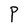
Character: P